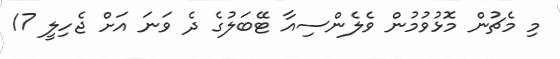
މި މެޗުން މޮޅުވުމުން ވެލެންސިއާ ޓޭބަލުގެ ދެ ވަނަ އަށް ޖެހިލީ 17